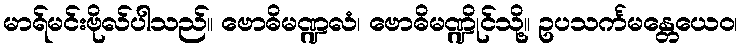
မာရ်မင်းဗိုလ်ပါသည်။ ဗောဓိမဏ္ဍလံ၊ ဗောဓိမဏ္ဍိုင်သို့။ ဥပသင်္ကမန္တေယေဝ၊